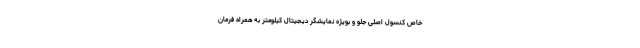
خاص کنسول اصلی جلو و بویژه نمایشگر دیجیتال کیلومتر به همراه فرمان